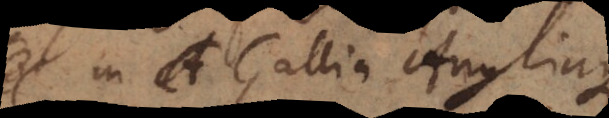
in Gallia Angliaque